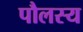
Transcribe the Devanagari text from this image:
पौलस्य